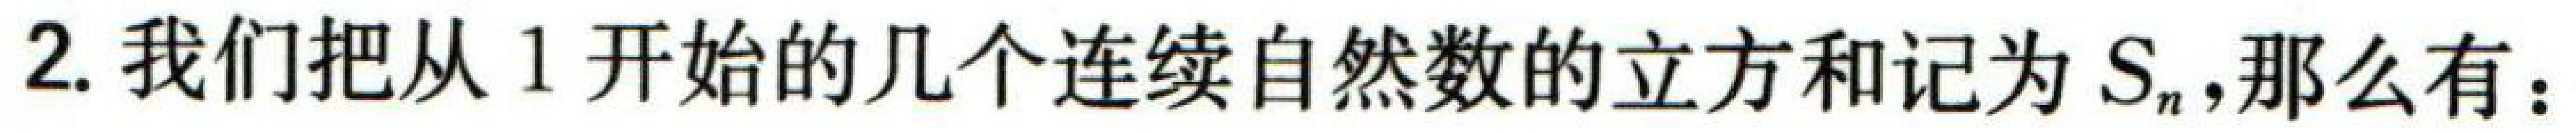
2. 我们把从 1 开始的几个连续自然数的立方和记为 \(S_{n}\),那么有：